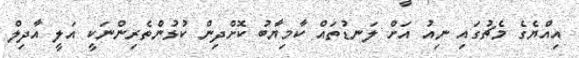
އިއްޔެގެ މެޗުގައި ނިއު އަށް ލަނޑުތައް ކާމިޔާބު ކޮށްދިން ކުޅުންތެރިންނަކީ އަލީ އާދިލް